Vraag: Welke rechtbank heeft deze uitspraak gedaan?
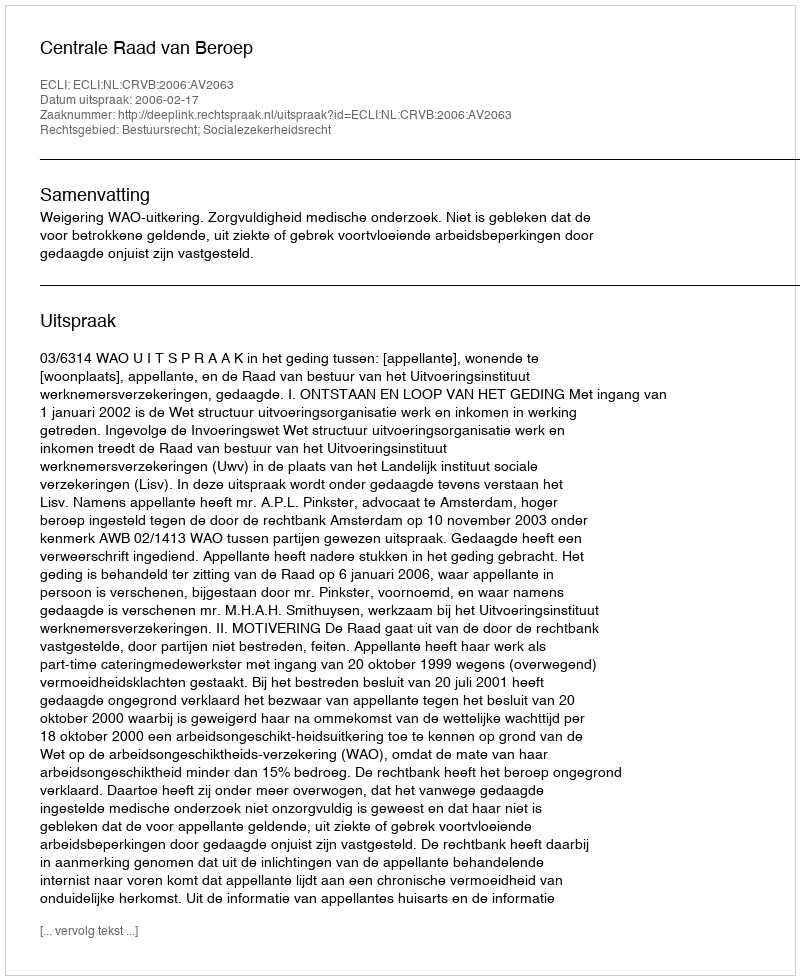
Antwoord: Centrale Raad van Beroep